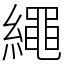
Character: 繩